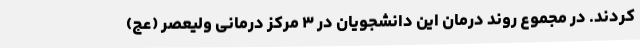
کردند. در مجموع روند درمان این دانشجویان در ۳ مرکز درمانی ولیعصر (عج)